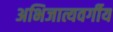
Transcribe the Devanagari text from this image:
अभिजात्यवर्गीय